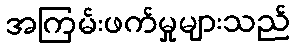
အကြမ်းဖက်မှုများသည်